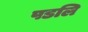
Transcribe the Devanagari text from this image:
पडलि